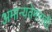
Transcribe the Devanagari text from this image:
अमान्यतेमागची